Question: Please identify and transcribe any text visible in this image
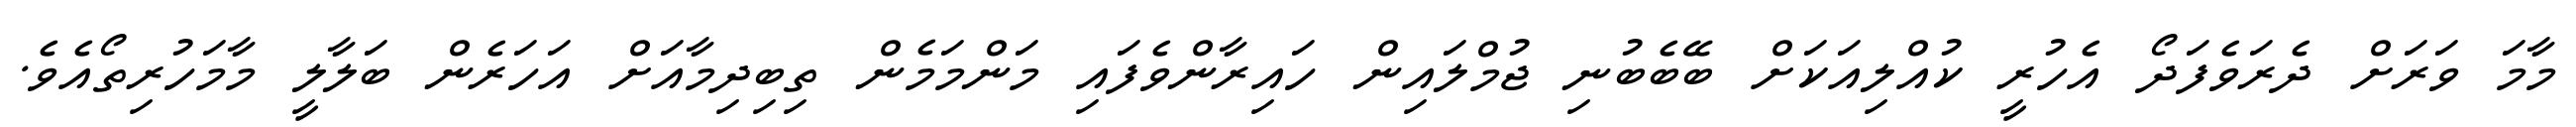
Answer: މާމަ ވަރަށް ދެރަވެފަދޯ އެހުރީ ކުއްލިއަކަށް ބޭބެބުނި ޖުމްލައިން ހައިރާންވެފައި މަންމަމެން ތިބިދިމާއަށް އަހަރެން ބަލާލީ މާމަހުރިތޯއެވެ.